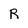
Character: R